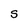
Character: S